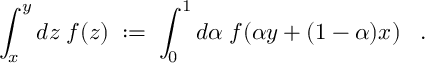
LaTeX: \int _ { x } ^ { y } d z \; f ( z ) \; : = \; \int _ { 0 } ^ { 1 } d \alpha \; f ( \alpha y + ( 1 - \alpha ) x ) \; \; \; .